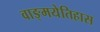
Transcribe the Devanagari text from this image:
वाङ्मयेतिहास